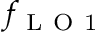
f _ { \mathrm { ~ L ~ O ~ 1 ~ } }